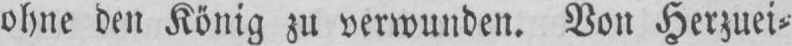
ohne den König zu verwunden. Von Herzuei⸗